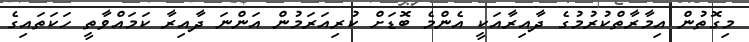
މިގޮތުން އިމާރާތްކުރުމުގެ ދާއިރާއަކީ އެންމެ ބޮޑަށް ކުރިއަރަމުން އަންނަ ދާއިރާ ކަމައްވާތީ ހަކަތައިގެ